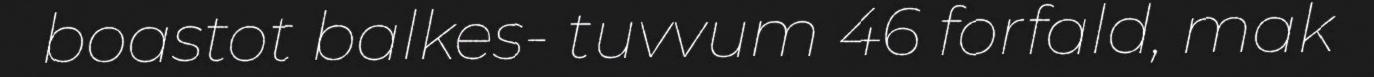
boastot balkes- tuvvum 46 forfald, mak